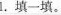
1.填一填。